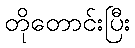
တိုတောင်းပြီး